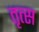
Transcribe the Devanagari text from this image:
तृत्स